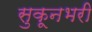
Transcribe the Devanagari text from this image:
सुकूनभरी